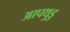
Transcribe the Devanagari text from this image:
आपथुडु